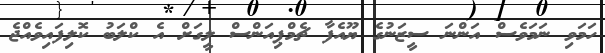
ހަމަވި ނަމަވެސް އަންނަ ސީޒަނުގެ ޔޫއެފާ ޗެމްޕިއަންސް ލީގަށް އެ ކްލަބު ކޮލިފައިވެއްޖެ